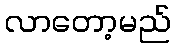
လာတော့မည်